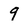
Character: 9